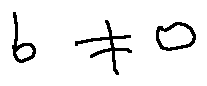
b \neq 0